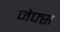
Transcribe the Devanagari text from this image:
जेफ्स